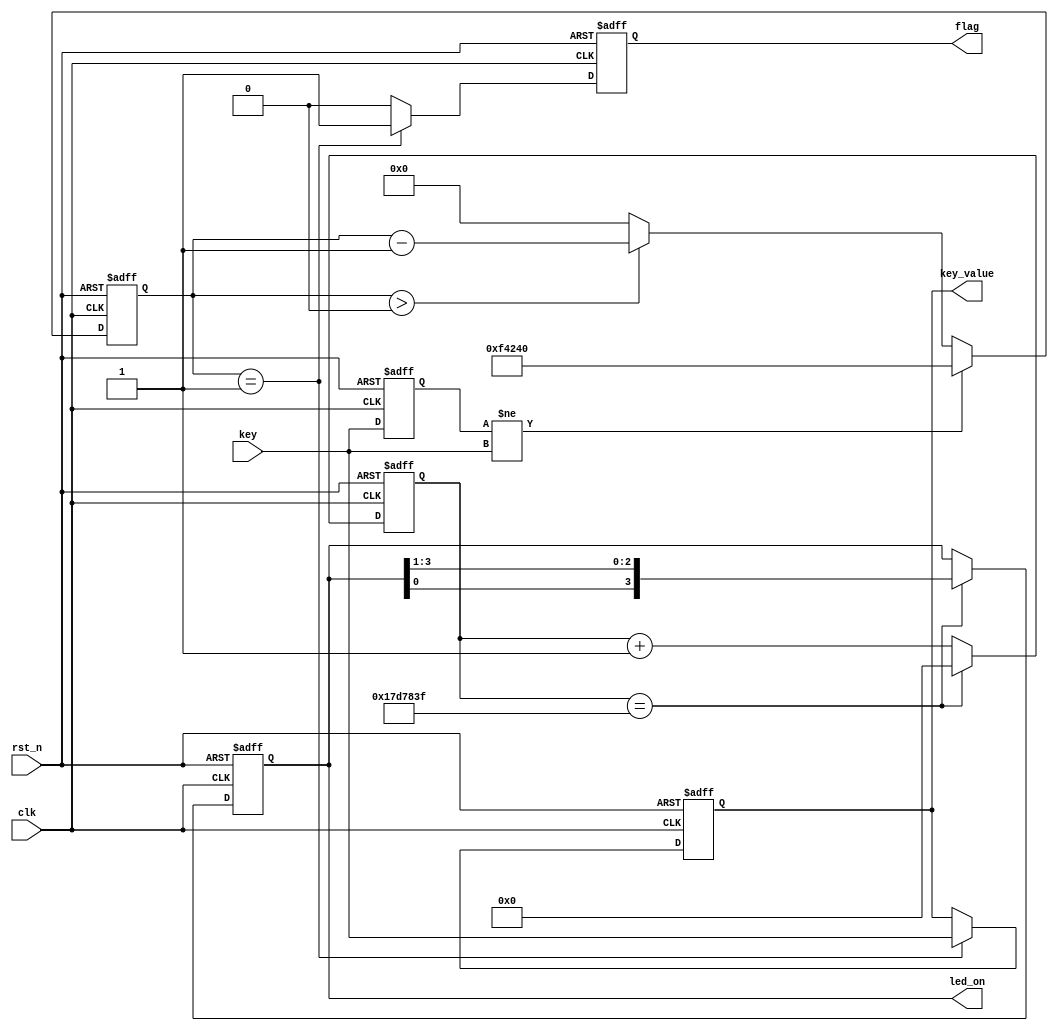
module LED_obj (
    input       wire            clk         ,
    input       wire            rst_n       ,
	input 	    wire 	        key         , 
	output 	    reg 	        flag        ,// 0, 1
    output      reg             key_value   ,
    output      wire    [3:0]   led_on
);
    parameter  MAX_1s = 26'd50_000_000;
    parameter  MAX_500ms = 25'd25_000_000;
    parameter  MAX_NUM = 20'd1_000_000;
    reg     [25:0]              cnt1s;
    reg     [3:0]               led_r;
    
    reg [19:0] delay_cnt;//1_000_000
    reg key_reg;//key

    //1s
    always @(posedge clk or negedge rst_n) begin
        if(!rst_n)begin                                 //
            cnt1s <= 26'd0;
        end
        else if (cnt1s == MAX_500ms -1'b1) begin
            cnt1s <= 26'd0;
        end
        else begin
            cnt1s <= cnt1s + 1'd1;
        end
    end

    always @(posedge clk or negedge rst_n ) begin
        if (!rst_n) begin
            led_r <= 4'b0001;
        end
        else if (cnt1s == MAX_500ms - 1'b1) begin
            led_r <= {led_r[0],led_r[3:1]};
        end
        else begin
            led_r <= led_r;
        end
    end

    always @(posedge clk or negedge rst_n) begin
        if(!rst_n) begin
            key_reg <= 1;
            delay_cnt <= 0;
        end
        
        else begin
            key_reg <= key;
            //key1 key 0 ,
            if(key_reg  != key  ) begin 
            delay_cnt <= MAX_NUM ;
            end
            else begin
                if(delay_cnt > 0)
                    delay_cnt <= delay_cnt -1;
                else
                    delay_cnt <= 0;
            end
        end
    end


    //,key
    always @(posedge clk or negedge rst_n) begin
        if(!rst_n) begin
            flag <= 0;
            key_value <= 1;
        end

        else begin
            
            //  ,
            if(delay_cnt == 1) begin
                flag <= 1;
                key_value <= key;
            end
            else begin
                flag <= 0;
                key_value <= key_value;
            end
        end
    end

    assign led_on = led_r;

endmodule